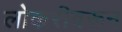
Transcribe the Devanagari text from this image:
लोकरीवरून